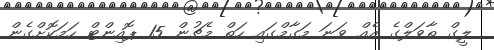
ލީގް ތާވަލްގެ އެއް ވަނަ މަގާމްގައި ހަތް މެޗުން 15 ޕޮއިންޓް ހަމަކޮށްގެން